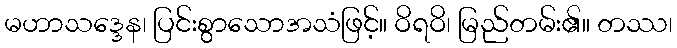
မဟာသဒ္ဒေန၊ ပြင်းစွာသောအသံဖြင့်။ ဝိရဝိ၊ မြည်တမ်း၏။ တဿ၊